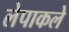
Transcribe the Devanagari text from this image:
लेपाकले